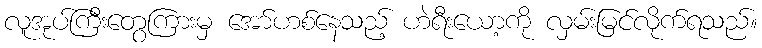
လူအုပ်ကြီးတွေကြားမှ အော်ဟစ်နေသည့် ဟဲရီးယော့ကို လှမ်းမြင်လိုက်ရသည်။